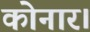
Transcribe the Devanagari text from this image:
कोनार।